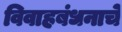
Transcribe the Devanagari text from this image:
विवाहबंधनाचे